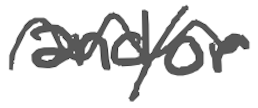
Text: and/or
Cross-out: wave
Writing tool: digital_gray